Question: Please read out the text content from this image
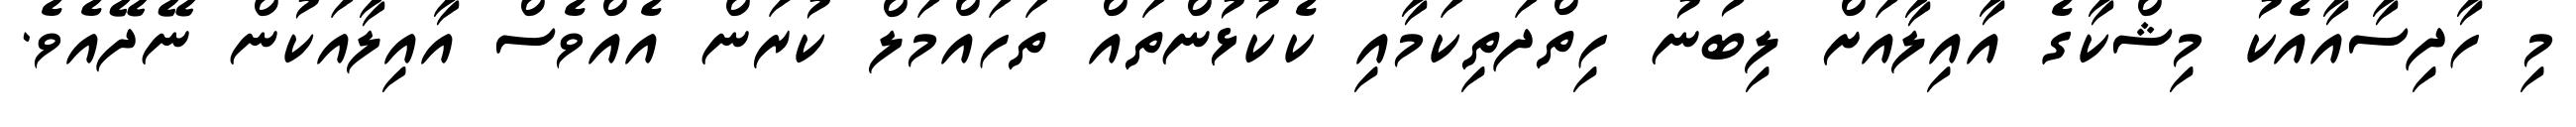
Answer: މި ހާދިސާއާއެކު މިޝްކާގެ އާއިލާއަށް ލިބުނު ހިތްދަތިކަމާއި ކެކުޅުންތައް ތަހައްމަލް ކުރަން އެއްވެސް އާއިލާއަކުން ނޭދޭއެވެ.